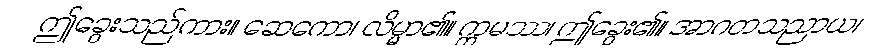
ဤခွေးသည်ကား။ ဆေကော၊ လိမ္မာ၏။ ဣမဿ၊ ဤခွေး၏။ အာဂတသညာယ၊